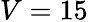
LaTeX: V=15